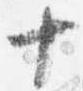
十